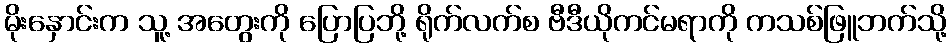
မိုးနှောင်းက သူ့ အတွေးကို ပြောပြဘို့ ရိုက်လက်စ ဗီဒီယိုကင်မရာကို ကသစ်ဖြူဘက်သို့